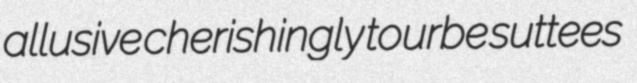
allusive cherishingly tourbe suttees